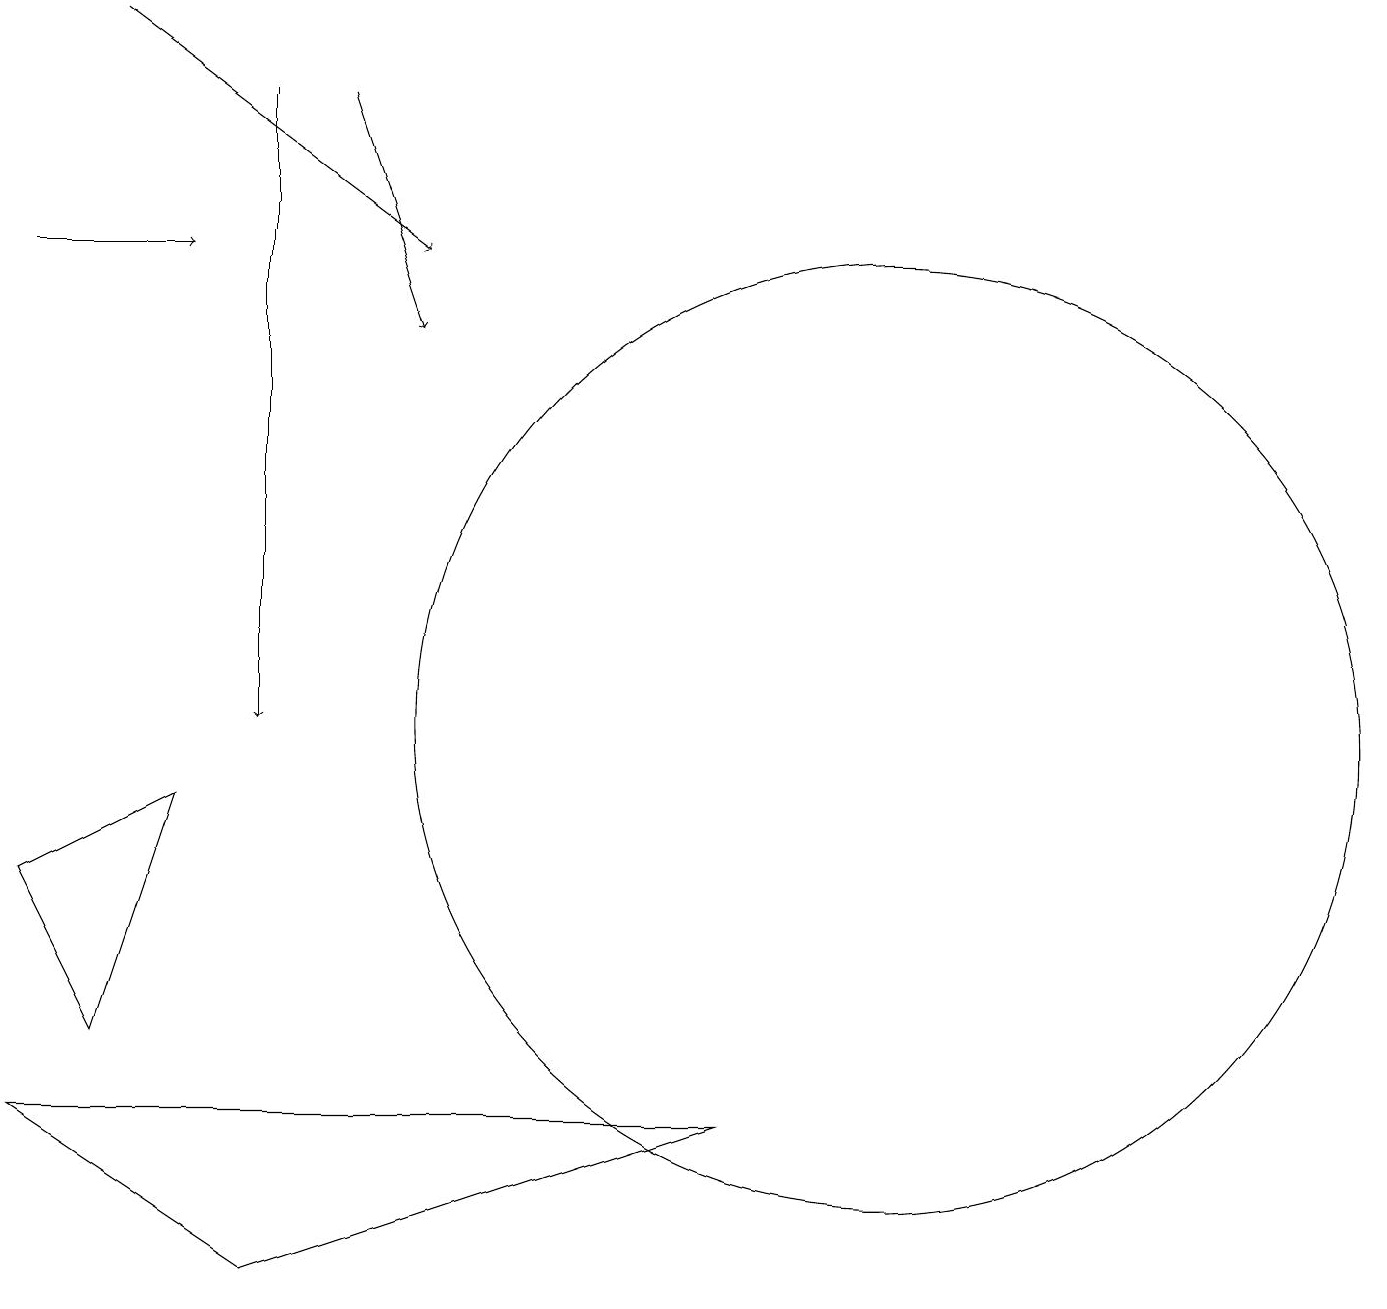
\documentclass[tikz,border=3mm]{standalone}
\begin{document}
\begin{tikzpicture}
\draw[->] (4,18) -- (5,15);
\draw (0,8) -- (2,9) -- (1,6) -- cycle;
\draw[->] (1,19) -- (5,16);
\draw (0,5) -- (3,3) -- (9,5) -- cycle;
\draw[->] (0,16) -- (2,16);
\draw[->] (3,18) -- (3,10);
\draw (11,10) circle (6);
\draw (11,10) circle (0);
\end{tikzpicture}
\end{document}